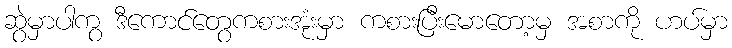
ဆွဲမှာပါကွ ဒီကောင်တွေကစားအုံးမှာ ကစားပြီးမောတော့မှ အစာကို ဟပ်မှာ